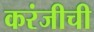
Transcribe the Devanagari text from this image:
करंजीची